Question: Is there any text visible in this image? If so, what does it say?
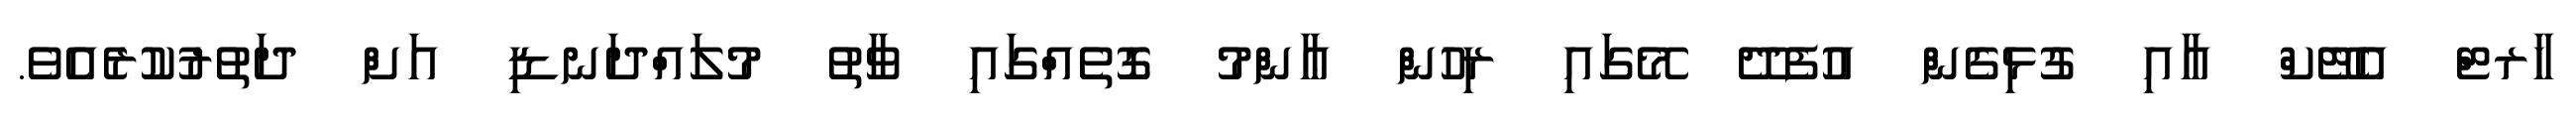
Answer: ހާރޓް އެޓޭކް އާއި ގުޅިގެން އުފެދޭ މޭގައި ރިހުން ޢާންމު ގޮތެއްގައި ވާތު މުލައްދަނޑި އަށް ދަތުރުކުރެއެވެ.